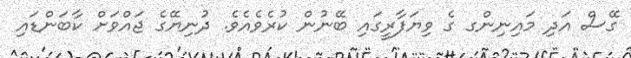
ގޭސް އަދި މައިނިންގ ގެ ވިޔަފާރީގައި ބޭނުން ކުރެވެއެވެ. ދުނިޔޭގެ ޖައްވަށް ކާބަންޑައި